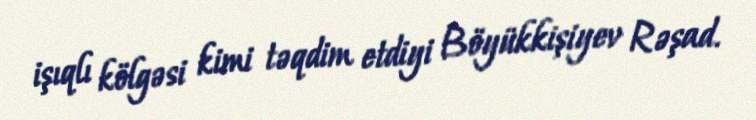
işıqlı kölgəsi kimi təqdim etdiyi Böyükkişiyev Rəşad.